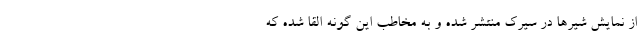
از نمایش شیرها در سیرک منتشر شده و به مخاطب این گونه القا شده که